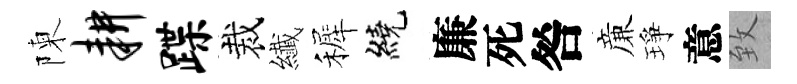
陳耕蹀裁纎裤繞廉死咎亷琤意致